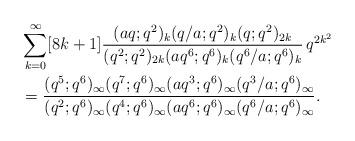
LaTeX: \begin{align*}&\sum_{k=0}^\infty[8k+1]\frac{(aq;q^2)_k(q/a;q^2)_k (q;q^2)_{2k}}{(q^2;q^2)_{2k}(aq^6;q^6)_k(q^6/a;q^6)_k}\,q^{2k^2}\\ &=\frac{(q^5;q^6)_\infty(q^7;q^6)_\infty(aq^3;q^6)_\infty(q^3/a;q^6)_\infty}{(q^2;q^6)_\infty(q^4;q^6)_\infty(aq^6;q^6)_\infty(q^6/a;q^6)_\infty}.\end{align*}